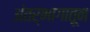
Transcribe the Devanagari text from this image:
अंतर्भागातून